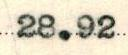
28.92